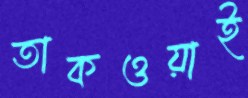
তাকওয়াই